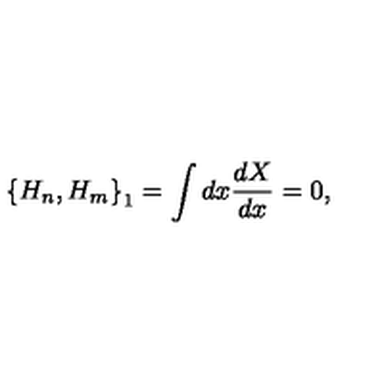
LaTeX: \left\{ H _ { n } , H _ { m } \right\} _ { 1 } = \int d x \frac { d X } { d x } = 0 ,